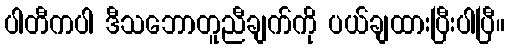
ပါတီကပါ ဒီသဘောတူညီချက်ကို ပယ်ချထားပြီးပါပြီ။